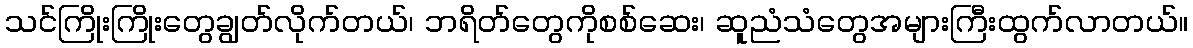
သင်ကြိုးကြိုးတွေချွတ်လိုက်တယ်၊ ဘရိတ်တွေကိုစစ်ဆေး၊ ဆူညံသံတွေအများကြီးထွက်လာတယ်။